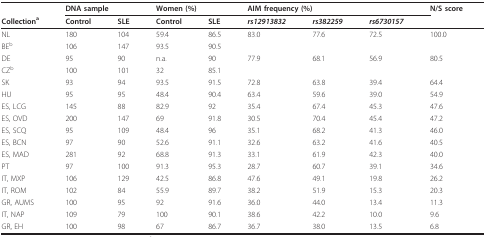
<table><thead><tr><td></td><td colspan="2"><b>DNA sample</b></td><td colspan="2"><b>Women (%)</b></td><td colspan="3"><b>AIM frequency (%)</b></td><td><b>N/S score</b></td></tr><tr><td><b>Collection<sup>a</sup></b></td><td><b>Control</b></td><td><b>SLE</b></td><td><b>Control</b></td><td><b>SLE</b></td><td><b><i>rs12913832</i></b></td><td><b><i>rs382259</i></b></td><td><b><i>rs6730157</i></b></td><td></td></tr></thead><tbody><tr><td>NL</td><td>180</td><td>104</td><td>59.4</td><td>86.5</td><td>83.0</td><td>77.6</td><td>72.5</td><td>100.0</td></tr><tr><td>BE<sup>b</sup></td><td>106</td><td>147</td><td>93.5</td><td>90.5</td><td></td><td></td><td></td><td></td></tr><tr><td>DE</td><td>95</td><td>90</td><td>n.a.</td><td>90</td><td>77.9</td><td>68.1</td><td>56.9</td><td>80.5</td></tr><tr><td>CZ<sup>b</sup></td><td>100</td><td>101</td><td>32</td><td>85.1</td><td></td><td></td><td></td><td></td></tr><tr><td>SK</td><td>93</td><td>94</td><td>93.5</td><td>91.5</td><td>72.8</td><td>63.8</td><td>39.4</td><td>64.4</td></tr><tr><td>HU</td><td>95</td><td>95</td><td>48.4</td><td>90.4</td><td>63.4</td><td>59.6</td><td>39.0</td><td>54.9</td></tr><tr><td>ES, LCG</td><td>145</td><td>88</td><td>82.9</td><td>92</td><td>35.4</td><td>67.4</td><td>45.3</td><td>47.6</td></tr><tr><td>ES, OVD</td><td>200</td><td>147</td><td>69</td><td>91.8</td><td>30.5</td><td>70.4</td><td>45.4</td><td>47.2</td></tr><tr><td>ES, SCQ</td><td>95</td><td>109</td><td>48.4</td><td>96</td><td>35.1</td><td>68.2</td><td>41.3</td><td>46.0</td></tr><tr><td>ES, BCN</td><td>97</td><td>90</td><td>52.6</td><td>91.1</td><td>32.6</td><td>63.2</td><td>41.6</td><td>40.5</td></tr><tr><td>ES, MAD</td><td>281</td><td>92</td><td>68.8</td><td>91.3</td><td>33.1</td><td>61.9</td><td>42.3</td><td>40.0</td></tr><tr><td>PT</td><td>97</td><td>100</td><td>91.3</td><td>95.3</td><td>28.7</td><td>60.7</td><td>39.1</td><td>34.6</td></tr><tr><td>IT, MXP</td><td>106</td><td>129</td><td>42.5</td><td>86.8</td><td>47.6</td><td>49.1</td><td>19.8</td><td>26.2</td></tr><tr><td>IT, ROM</td><td>102</td><td>84</td><td>55.9</td><td>89.7</td><td>38.2</td><td>51.9</td><td>15.3</td><td>20.3</td></tr><tr><td>GR, AUMS</td><td>100</td><td>95</td><td>92</td><td>91.6</td><td>36.0</td><td>44.0</td><td>13.4</td><td>11.3</td></tr><tr><td>IT, NAP</td><td>109</td><td>79</td><td>100</td><td>90.1</td><td>38.6</td><td>42.2</td><td>10.0</td><td>9.6</td></tr><tr><td>GR, EH</td><td>100</td><td>98</td><td>67</td><td>86.7</td><td>36.7</td><td>38.0</td><td>13.5</td><td>6.8</td></tr></tbody></table>